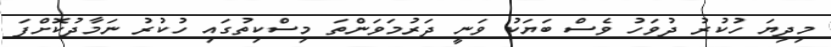
މިދިޔަ ހުކުރު ދުވަހު ވެސް ބަޔަކު ވަނީ ދަރުމަވަންތަ މިސްކިތުގައި ހުކުރު ނަމާދުކޮށްފަ